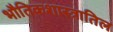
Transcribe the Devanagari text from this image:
भौतिकशास्त्रातिल